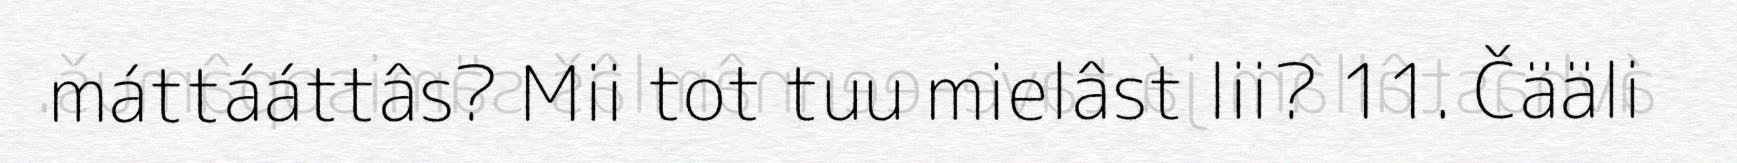
máttááttâs? Mii tot tuu mielâst lii? 11. Čääli